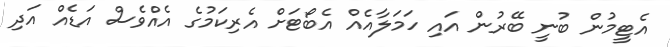
އެޓީމުން ބުނީ ބޭރުން އައި ހަމަލާއެއް އެބޯޓަށް އެރިކަމުގެ އެއްވެސް އަޑެއް އަދި